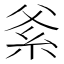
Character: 𱹭